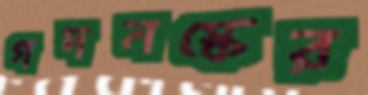
গদনস্কের